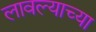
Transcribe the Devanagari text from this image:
लावल्याच्या